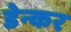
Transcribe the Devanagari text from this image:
डेन्कर